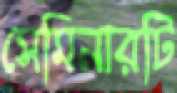
সেমিনারটি